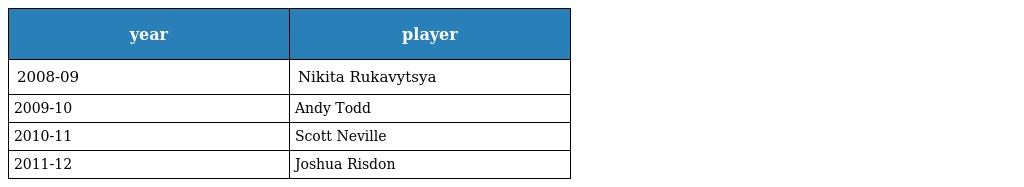
| year | player |
 | --- | --- |
 | 2008-09 | Nikita Rukavytsya |
 | 2009-10 | Andy Todd |
 | 2010-11 | Scott Neville |
 | 2011-12 | Joshua Risdon |